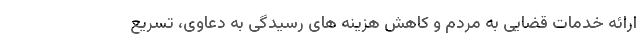
ارائه خدمات قضایی به مردم و کاهش هزینه های رسیدگی به دعاوی، تسریع